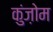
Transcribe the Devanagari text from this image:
कुंज़ोम